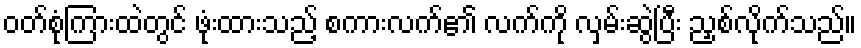
ဝတ်စုံကြားထဲတွင် ဖုံးထားသည့် စကားလက်၏ လက်ကို လှမ်းဆွဲပြီး ညှစ်လိုက်သည်။